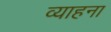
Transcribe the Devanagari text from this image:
व्याहना